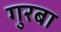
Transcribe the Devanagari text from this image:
गुरबा